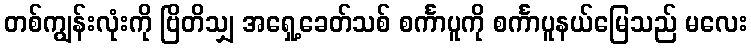
တစ်ကျွန်းလုံးကို ဗြိတိသျှ အရှေ့ခေတ်သစ် စင်္ကာပူကို စင်္ကာပူနယ်မြေသည် မလေး